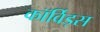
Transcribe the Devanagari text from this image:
कॉर्विड्स